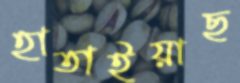
হাতাইয়াছ